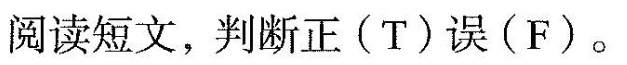
阅读短文,判断正(T)误(F).